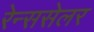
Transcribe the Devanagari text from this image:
रेन्ससेलर